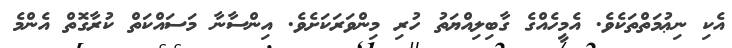
އެކި ނިޢުމަތްތަކެވެ. އެމީހެއްގެ ގާބިލިއްޔަތު ހުރި މިންވަރަކަށެވެ. އިންސާނާ މަސައްކަތް ކުރާގޮތް އެންމެ